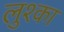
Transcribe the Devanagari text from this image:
लुश्का